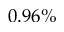
0 . 9 6 \%